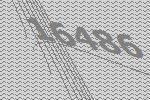
16486